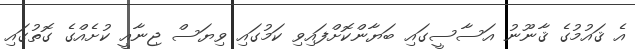
އެ ޤައުމުގެ ޤާނޫނު އަސާސީގައި ބަޔާންކޮށްފައިވި ކަމުގައި ވިޔަސް ޖިނާއީ ކުށެއްގެ ގޮތުގައި